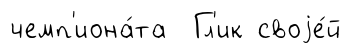
чемп'иона́та Гл'ик своjе́й